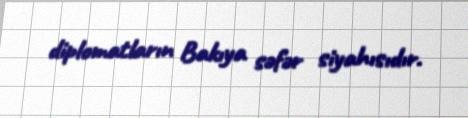
diplomatların Bakıya səfər siyahısıdır.